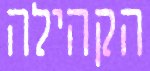
הקהילה